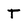
Character: T